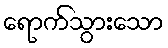
ရောက်သွားသော